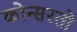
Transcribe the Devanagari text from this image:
कोन्सरतो